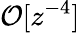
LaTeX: \mathcal{O}[z^{-4}]